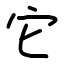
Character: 它